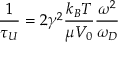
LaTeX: { \frac { 1 } { \tau _ { U } } } = 2 \gamma ^ { 2 } { \frac { k _ { B } T } { \mu V _ { 0 } } } { \frac { \omega ^ { 2 } } { \omega _ { D } } }